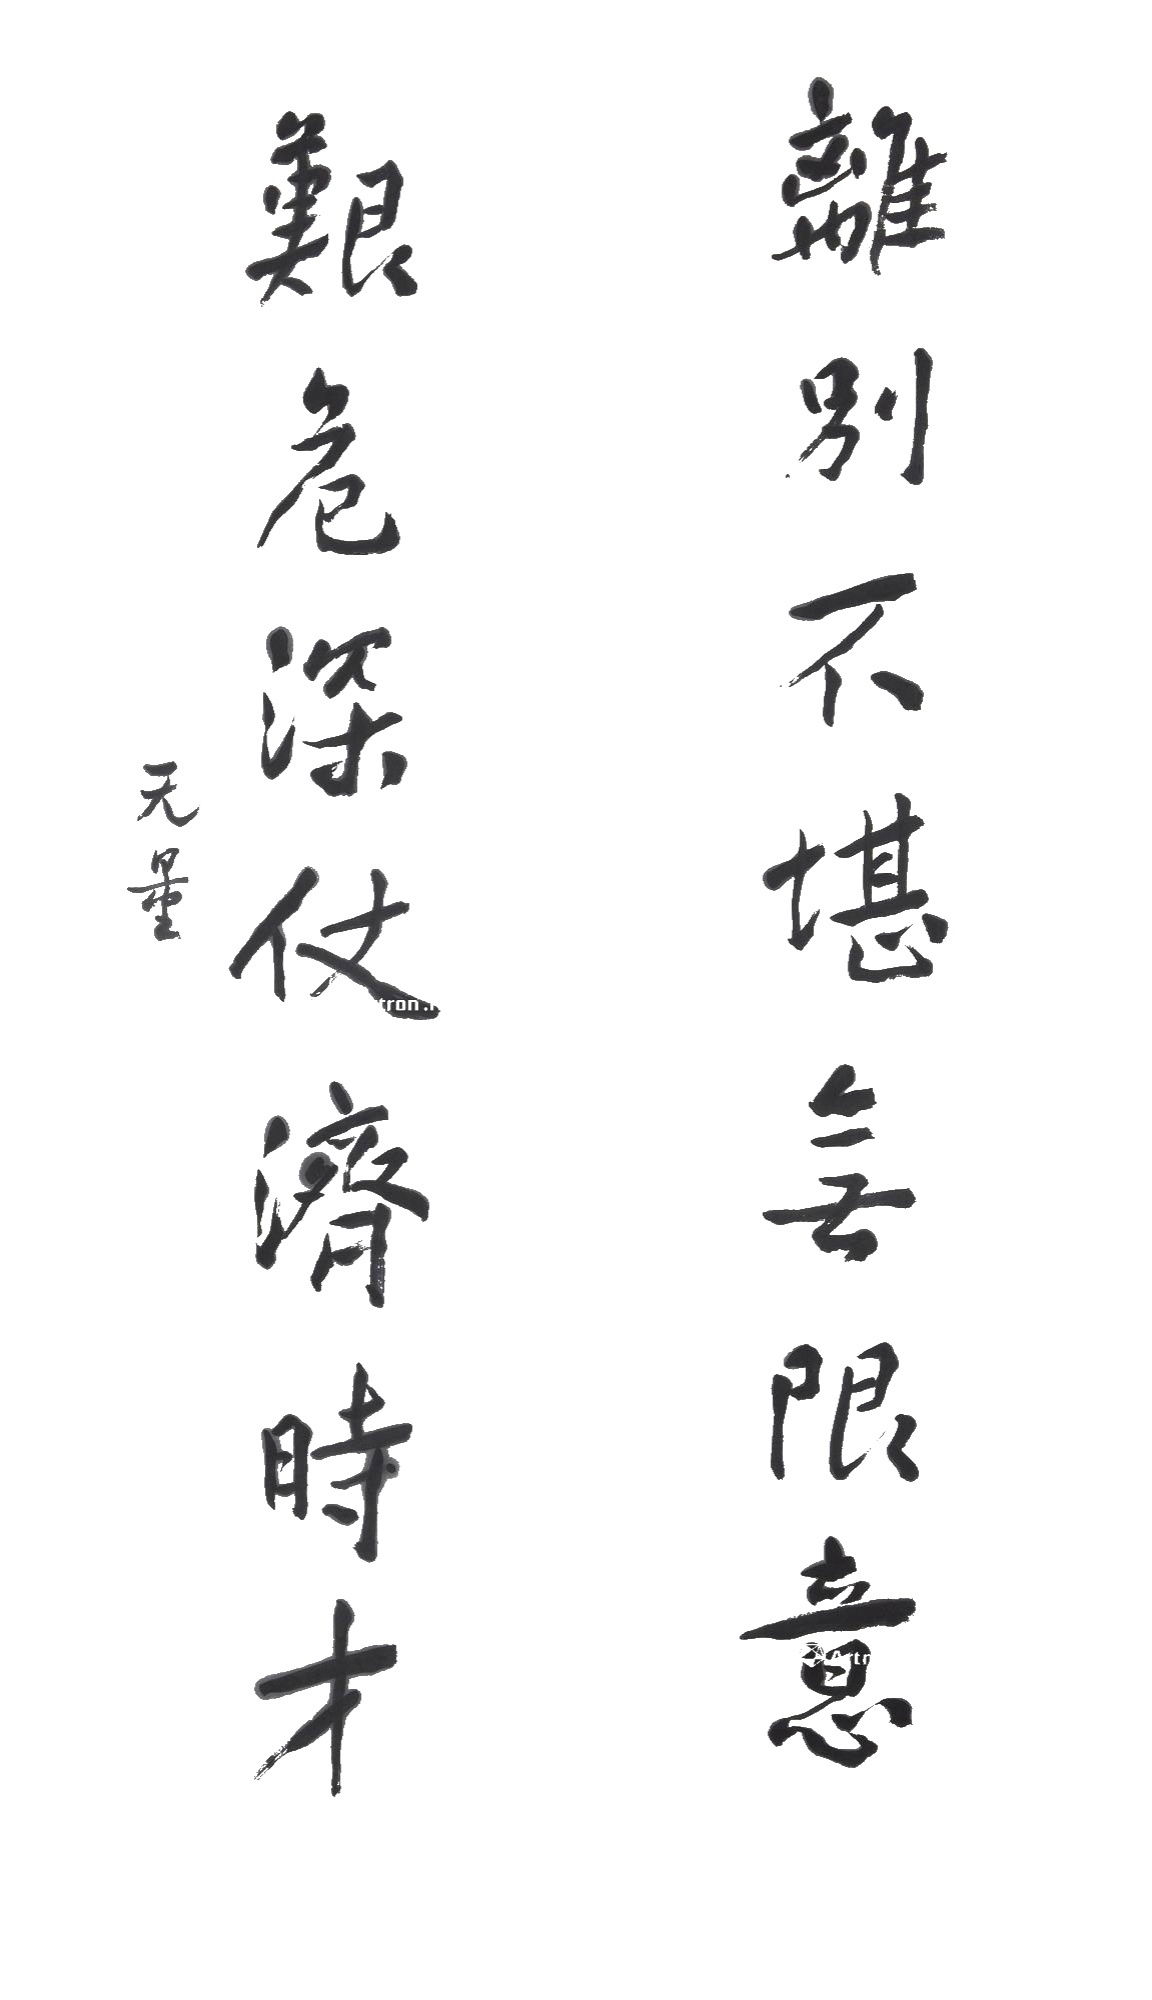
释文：离别不堪无限意，艰危深仗济时才。无量